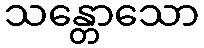
သန္တောသော